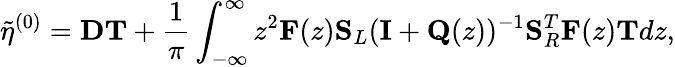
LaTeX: \tilde{\eta}^{(0)}=\mathbf{D}\mathbf{T}+\frac{1}{\pi}\int_{-\infty}^{\infty}z^{2}\mathbf{F}(z)\mathbf{S}_{L}(\mathbf{I}+\mathbf{Q}(z))^{-1}\mathbf{S}_{R}^{T}\mathbf{F}(z)\mathbf{T}dz,